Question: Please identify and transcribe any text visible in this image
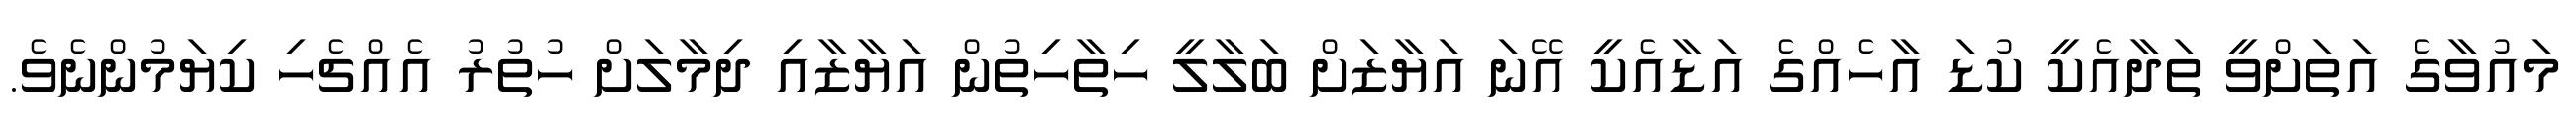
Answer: މައުވާގެ އަތަށްވީ ތަދާއެކީ ކުޑަ އާހެއްގެ އަޑާއެކީ އޭނަ އަޔާޒަށް ބަލާލީ ހިތާހިތުން އަޔާޒާއި ދިމާލަށް ހުތުރު އެއްޗެހި ކިޔަމުންނެވެ.